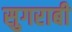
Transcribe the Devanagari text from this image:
सुगराबी